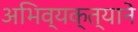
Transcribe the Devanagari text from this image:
अभिव्यक्त्याने